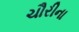
ચૌરીના